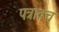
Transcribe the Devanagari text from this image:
पत्रातच